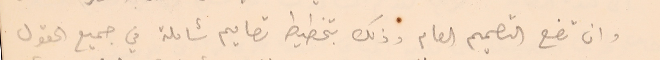
وان تضع التصميم العام وذلك بتخطيط تصاميم شاملة في جميع الحقول